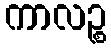
ကာလဉ္စ